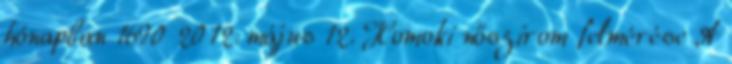
hónapban 1690 2012. május 12. Homoki nőszirom felmérése A